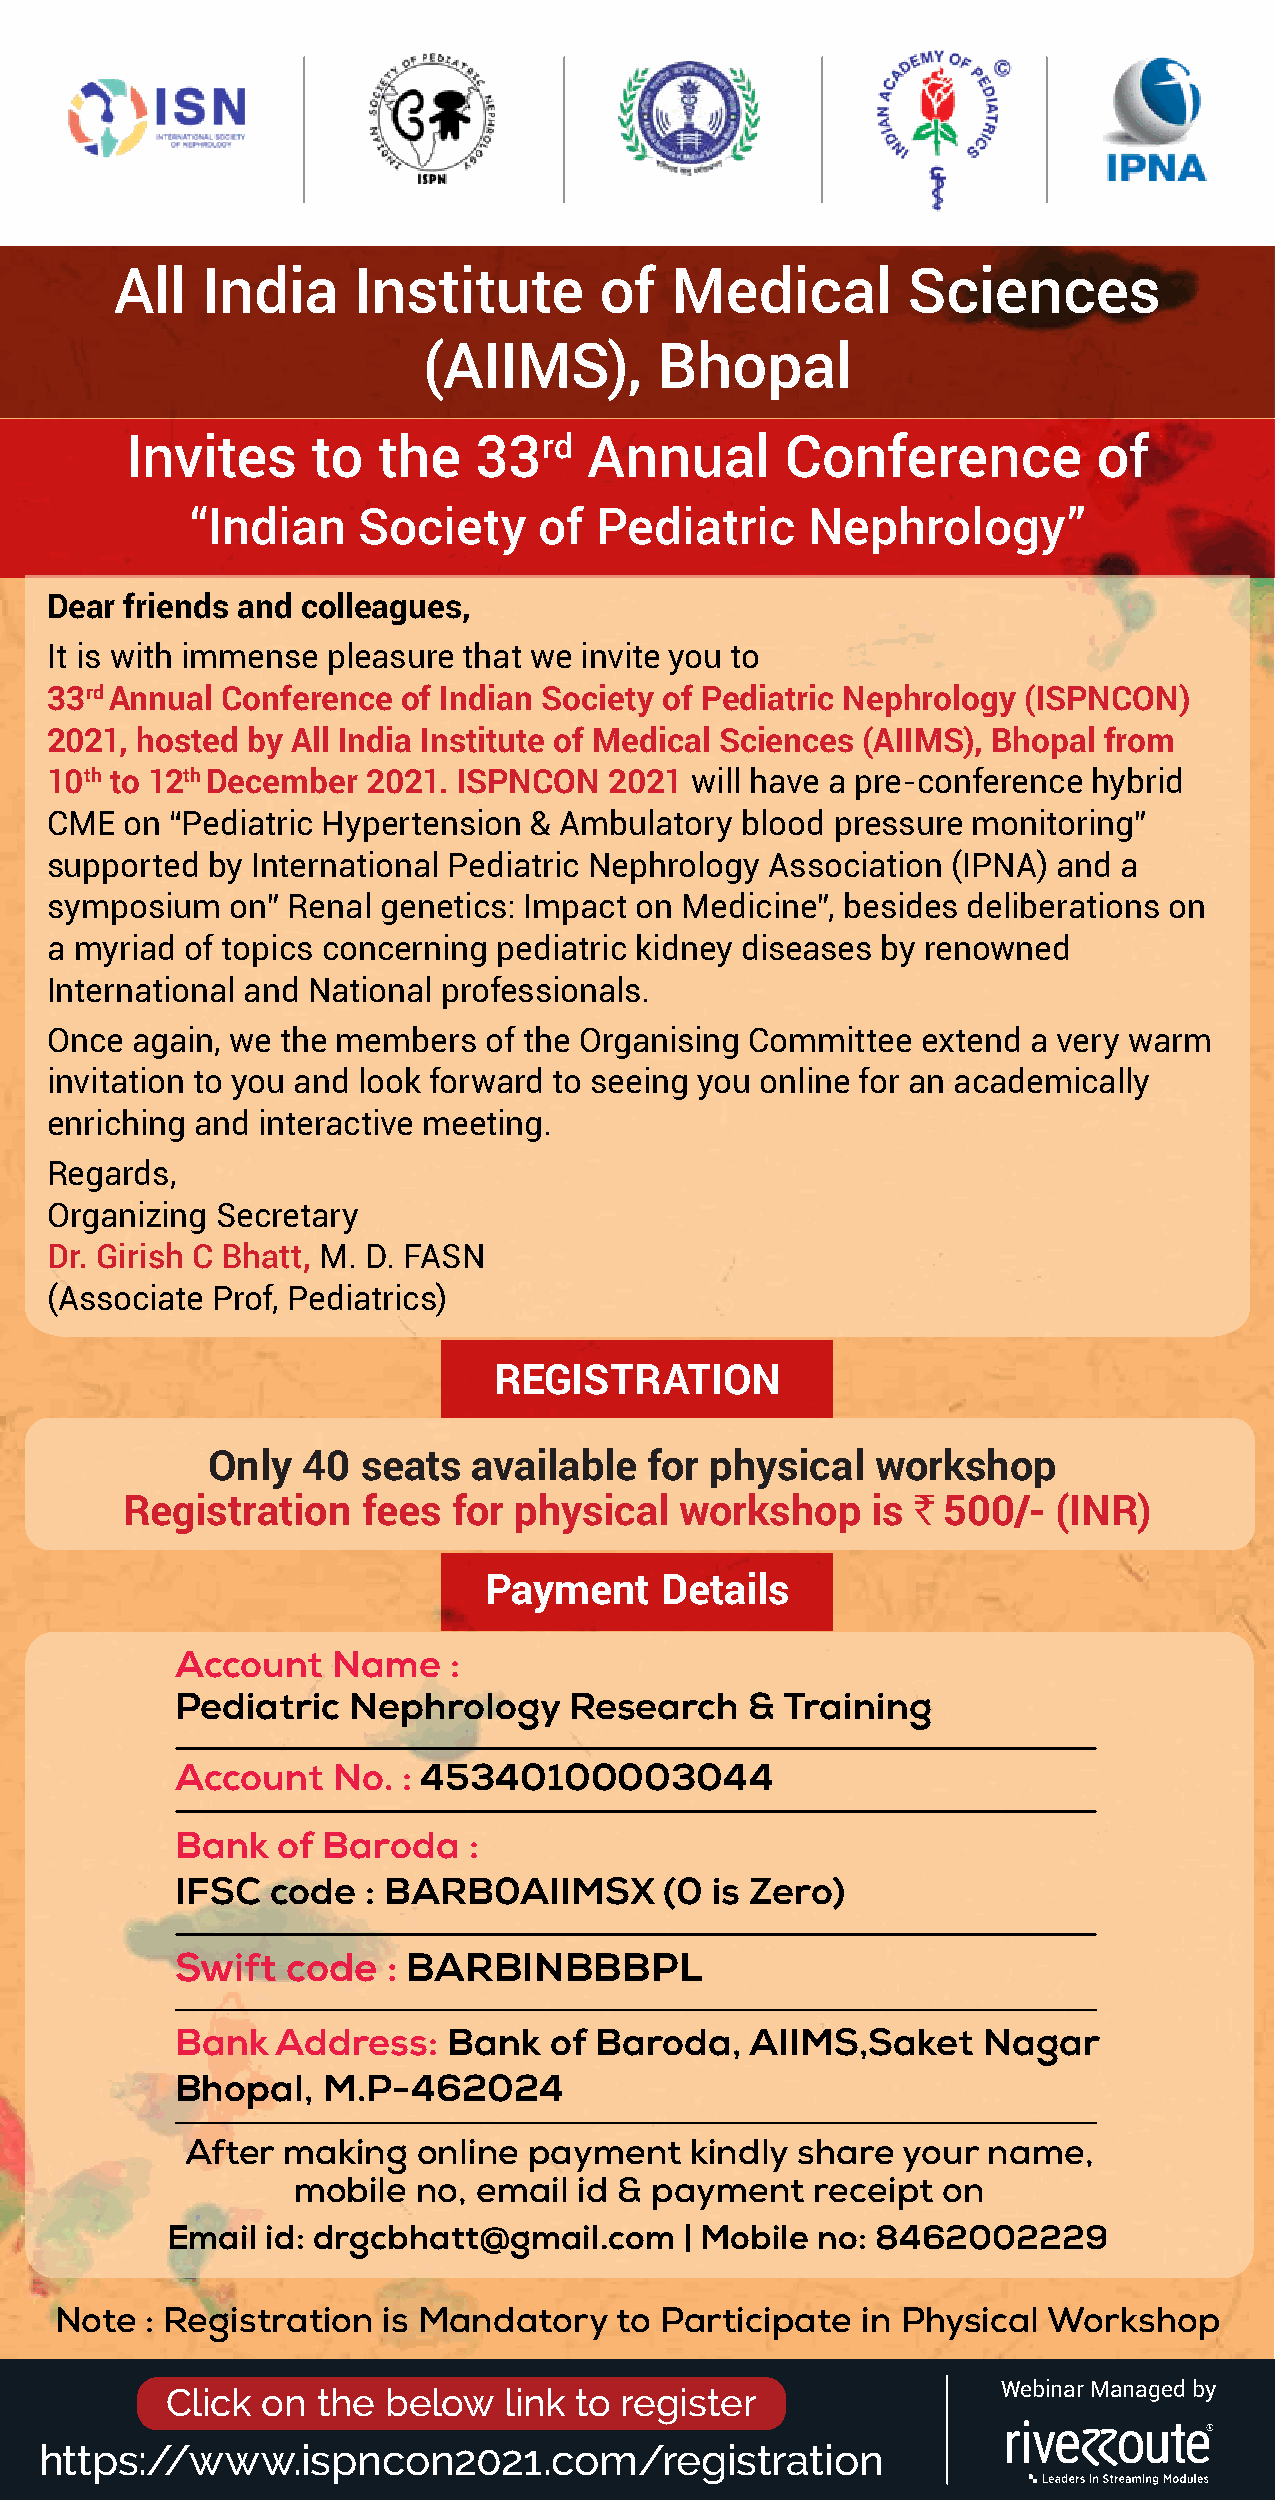
All  India     Institute        of  Medical         Sciences
 (AIIMS),        Bhopal
 Invites      to  the   33rd    Annual       Conference           of
 “Indian    Society     of  Pediatric    Nephrology”
 Dear friends and colleagues,
 It is with immense pleasure that we invite you to
 33rd Annual Conference  of Indian Society of Pediatric Nephrology (ISPNCON)
 2021, hosted by All India Institute of Medical Sciences (AIIMS), Bhopal from
 10th to 12th December 2021. ISPNCON  2021  will have a pre-conference hybrid
 CME  on “Pediatric Hypertension & Ambulatory  blood pressure monitoring”
 supported  by International Pediatric Nephrology Association (IPNA) and a
 symposium   on” Renal genetics: Impact on Medicine”, besides deliberations on
 a myriad of topics concerning pediatric kidney diseases by renowned
 International and National professionals.
 Once  again, we the members  of the Organising Committee  extend a very warm
 invitation to you and look forward to seeing you online for an academically
 enriching and interactive meeting.
 Regards,
 Organizing Secretary
 Dr. Girish C Bhatt, M. D. FASN
 (Associate Prof, Pediatrics)
 REGISTRATION
 Only  40  seats  available   for physical   workshop
 Registration    fees  for physical   workshop     is ` 500/-  (INR)
 Payment     Details
 Account   Name    :
 Pediatric  Nephrology     Research    & Training
 Account   No.  : 45340100003044
 Bank  of Baroda    :
 IFSC  code  : BARB0AIIMSX       (0 is Zero)
 Swift  code   : BARBINBBBPL
 Bank  Address:    Bank  of Baroda,    AIIMS,Saket    Nagar
 Bhopal,  M.P-462024
 After  making   online payment    kindly share  your name,
 mobile   no, email id & payment    receipt on
 Email  id: drgcbhatt@gmail.com    | Mobile no: 8462002229
 Note  : Registration is Mandatory    to Participate  in Physical Workshop
 Click on  the below   link to register                 Webinar Managed by
 https://www.ispncon2021.com/registration